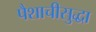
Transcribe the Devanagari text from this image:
पैशाचीसुद्धा